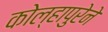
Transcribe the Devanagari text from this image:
कोल्हापुरेने